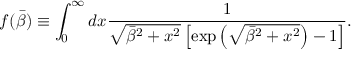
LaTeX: f ( \bar { \beta } ) \equiv \int _ { 0 } ^ { \infty } d x \frac { 1 } { \sqrt { \bar { \beta } ^ { 2 } + x ^ { 2 } } \left[ \exp \left( \sqrt { \bar { \beta } ^ { 2 } + x ^ { 2 } } \right) - 1 \right] } .